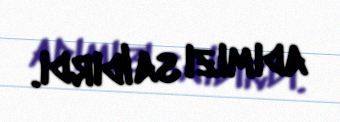
adımızı saldırdı.